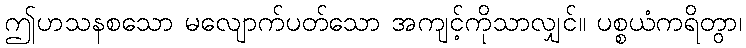
ဤဟသနစသော မလျောက်ပတ်သော အကျင့်ကိုသာလျှင်။ ပစ္စယံကရိတွာ၊